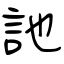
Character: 訑